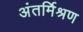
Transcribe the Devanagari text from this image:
अंतर्मिश्रण